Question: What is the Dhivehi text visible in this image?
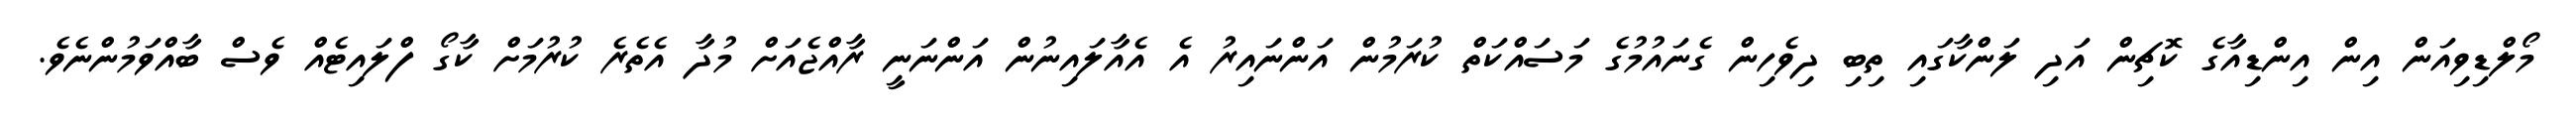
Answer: މޯލްޑިވިއަން އިން އިންޑިއާގެ ކޮޗިން އަދި ލަންކާގައި ތިބި ދިވެހިން ގެނައުމުގެ މަސައްކަތް ކުރަމުން އަންނައިރު އެ އެއާލައިނުން އަންނަނީ ރާއްޖެއަށް މުދާ އެތެރެ ކުރުމަށް ކާގޯ ފްލައިޓެއް ވެސް ބާއްވަމުންނެވެ.